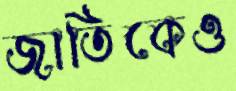
জাতিকেও